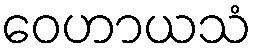
ဝေဟာယသံ